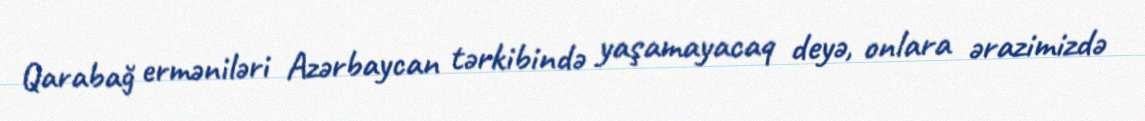
Qarabağ erməniləri Azərbaycan tərkibində yaşamayacaq deyə, onlara ərazimizdə